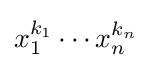
x_{1}^{k_{1}}\cdots x_{n}^{k_{n}}